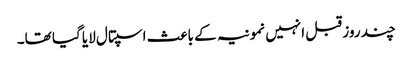
چند روز قبل انہیں نمونیہ کے باعث اسپتال لایا گیا تھا۔